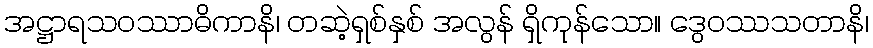
အဋ္ဌာရသဝဿာဓိကာနိ၊ တဆဲ့ရှစ်နှစ် အလွန် ရှိကုန်သော။ ဒွေဝဿသတာနိ၊